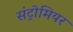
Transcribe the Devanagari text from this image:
संट्रोमियर